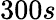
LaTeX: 300s